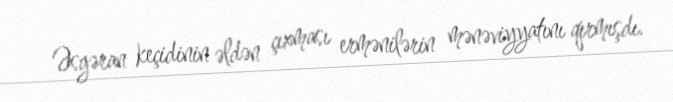
Əsgəran keçidinin əldən çıxması ermənilərin mənəviyyatını qırmışdı.